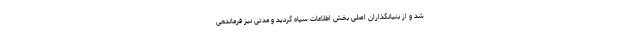
شد و از بنیانگذاران اصلی بخش اطلاعات سپاه گردید و مدتی نیز فرماندهی